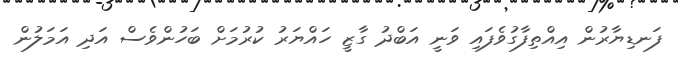
ފަނޑިޔާރުން އިއްތިފާގުވެފައި ވަނީ އަބްދު ގާޒީ ހައްޔަރު ކުރުމަށް ބަހުންވެސް އަދި އަމަލުން